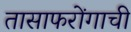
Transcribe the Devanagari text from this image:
तासाफरोंगाची